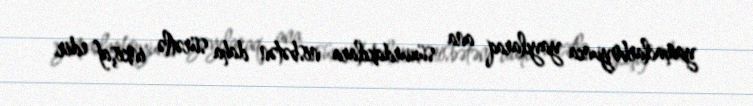
yamaclarboyunca yayılaraq ana süxurdakılara nisbətən daha sürətlə inkişaf edir.